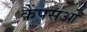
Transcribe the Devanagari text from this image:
कैंपसओ